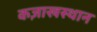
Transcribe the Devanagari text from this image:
कज़ाखस्थान